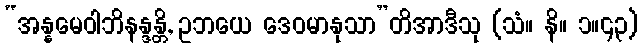
“အန္နမေဝါဘိနန္ဒန္တိ, ဥဘယေ ဒေဝမာနုသာ”တိအာဒီသု (သံ။ နိ။ ၁။၄၃)